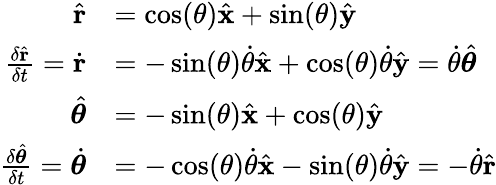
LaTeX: {\begin{array}{rl}{{\hat{\mathbf{r}}}}&{=\cos(\theta){\hat{\mathbf{x}}}+\sin(\theta){\hat{\mathbf{y}}}}\\ {{\frac{\delta{\hat{\mathbf{r}}}}{\delta t}}={\dot{\mathbf{r}}}}&{=-\sin(\theta){\dot{\theta}}{\hat{\mathbf{x}}}+\cos(\theta){\dot{\theta}}{\hat{\mathbf{y}}}={\dot{\theta}}{\hat{\boldsymbol{\theta}}}}\\ {{\hat{\boldsymbol{\theta}}}}&{=-\sin(\theta){\hat{\mathbf{x}}}+\cos(\theta){\hat{\mathbf{y}}}}\\ {{\frac{\delta{\hat{\boldsymbol{\theta}}}}{\delta t}}={\dot{\boldsymbol{\theta}}}}&{=-\cos(\theta){\dot{\theta}}{\hat{\mathbf{x}}}-\sin(\theta){\dot{\theta}}{\hat{\mathbf{y}}}=-{\dot{\theta}}{\hat{\mathbf{r}}}}\end{array}}